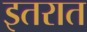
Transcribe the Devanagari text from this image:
इतरात